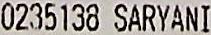
0235138 SARYANI